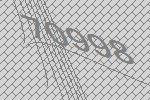
70998